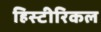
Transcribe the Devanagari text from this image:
हिस्टीरिकल